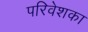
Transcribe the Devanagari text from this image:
परिवेशका